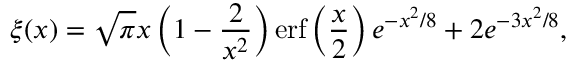
\xi ( x ) = \sqrt { \pi } x \left( 1 - \frac { 2 } { x ^ { 2 } } \right) \mathrm { e r f } \left( \frac { x } { 2 } \right) e ^ { - x ^ { 2 } / 8 } + 2 e ^ { - 3 x ^ { 2 } / 8 } ,